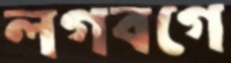
লগবগে